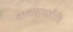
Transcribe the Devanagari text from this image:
वात्स्यायदीनि